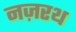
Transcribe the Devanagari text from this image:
नज़रथ